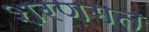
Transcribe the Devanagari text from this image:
शरणगत